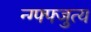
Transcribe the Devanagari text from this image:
न्ग्फ्फ्जुत्य